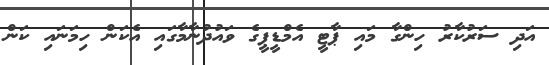
އަދި ސަރުކާރު ހިންގާ މައި ޕާޓީ އެމްޑީޕީގެ ވައުދުނާމާގައި އެކަން ހިމަނައި ކަން